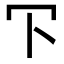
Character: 㓀